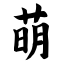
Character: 萌